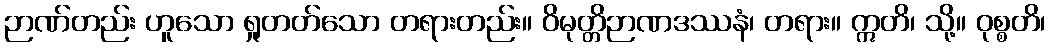
ဉာဏ်တည်း ဟူသော ရှုတတ်သော တရားတည်း။ ဝိမုတ္တိဉာဏဒဿနံ၊ တရား။ ဣတိ၊ သို့။ ဝုစ္စတိ၊